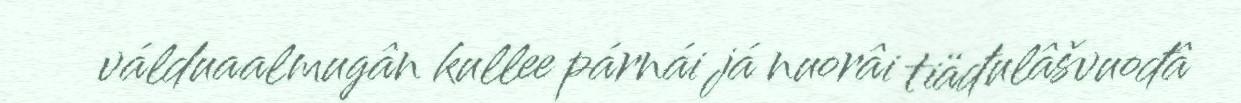
válduaalmugân kullee párnái já nuorâi tiäđulâšvuođâ